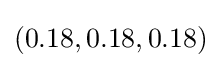
(0.18,0.18,0.18)